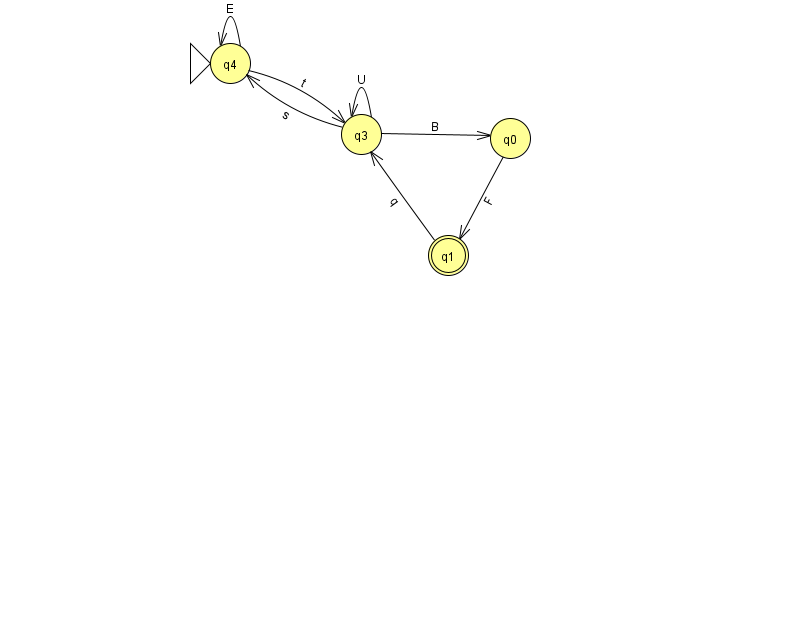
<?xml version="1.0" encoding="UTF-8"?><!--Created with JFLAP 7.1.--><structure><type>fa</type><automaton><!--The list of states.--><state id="0" name="q0"><x>510.0</x><y>125.0</y></state><state id="1" name="q1"><x>448.0</x><y>242.0</y><final/></state><state id="3" name="q3"><x>361.0</x><y>121.0</y></state><state id="4" name="q4"><x>230.0</x><y>50.0</y><initial/></state><!--The list of transitions.--><transition><from>0</from><to>1</to><read>F</read></transition><transition><from>3</from><to>3</to><read>U</read></transition><transition><from>4</from><to>4</to><read>E</read></transition><transition><from>1</from><to>3</to><read>q</read></transition><transition><from>3</from><to>4</to><read>s</read></transition><transition><from>3</from><to>0</to><read>B</read></transition><transition><from>4</from><to>3</to><read>t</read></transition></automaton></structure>